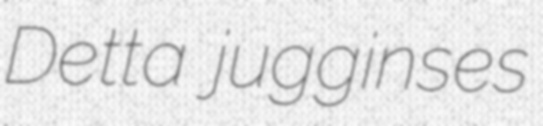
Detta jugginses